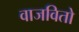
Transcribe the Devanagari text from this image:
वाजवितो